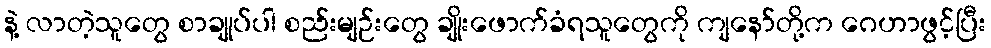
နဲ့ လာတဲ့သူတွေ စာချုပ်ပါ စည်းမျဉ်းတွေ ချိုးဖောက်ခံရသူတွေကို ကျနော်တို့က ဂေဟာဖွင့်ပြီး